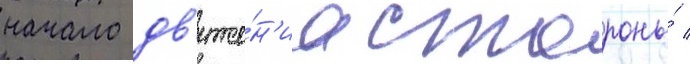
начало дв'иже́н'иа стороны́ /